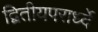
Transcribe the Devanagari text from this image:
द्वितीयपरार्ध्दे